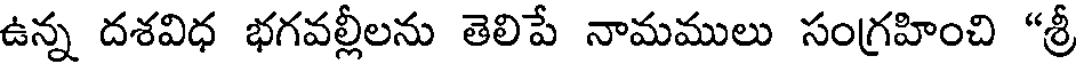
ఉన్న దశవిధ భగవల్లీలను తెలిపే నామములు సంగ్రహించి "శ్రీ